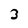
Character: 3